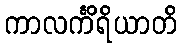
ကာလင်္ကိရိယာတိ